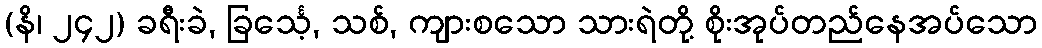
(နိ၊ ၂၄၂) ခရီးခဲ, ခြင်္သေ့, သစ်, ကျားစသော သားရဲတို့ စိုးအုပ်တည်နေအပ်သော